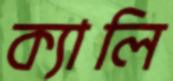
ক্যালি